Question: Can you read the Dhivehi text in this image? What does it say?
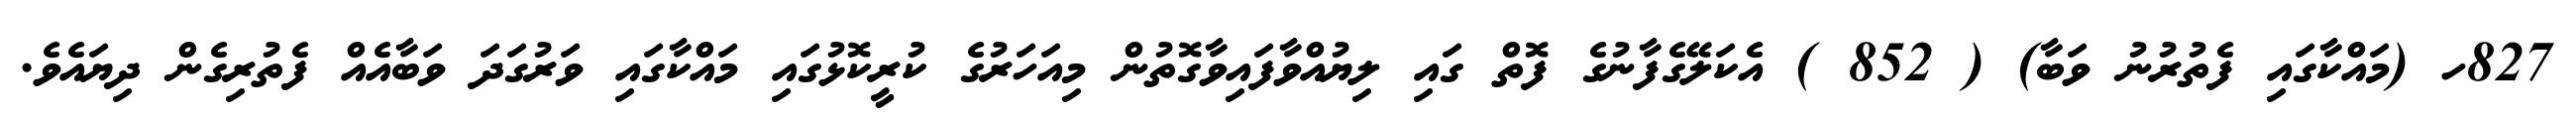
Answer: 827ހ (މައްކާގައި ފެތުރުނު ވަބާ) ( 852 ) އެކަލޭގެފާނުގެ ފޮތް ގައި ލިޔުއްވާފައިވާގޮތުން މިއަހަރުގެ ކުރީކޮޅުގައި މައްކާގައި ވަރުގަދަ ވަބާއެއް ފެތުރިގެން ދިޔައެވެ.